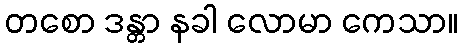
တစော ဒန္တာ နခါ လောမာ ကေသာ။